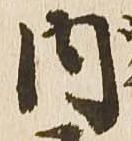
内